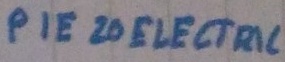
Text: PIEZO ELECTRIC